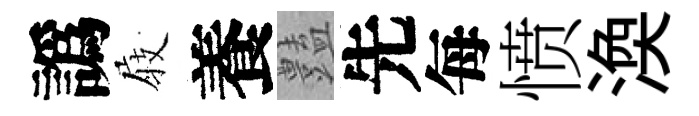
譌𡲆養𧰟先每愤渙